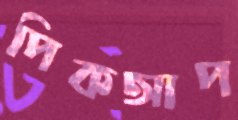
পিকআপ